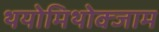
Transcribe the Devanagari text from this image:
थयोमिथोक्‍जाम